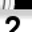
Digit: 2